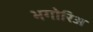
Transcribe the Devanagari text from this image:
भगोरिअ